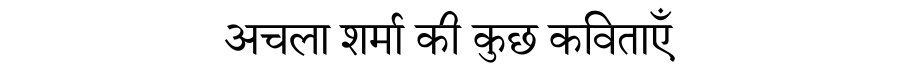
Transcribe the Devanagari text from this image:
अचला शर्मा की कुछ कविताएँ